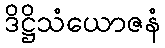
ဒိဋ္ဌိသံယောဇနံ